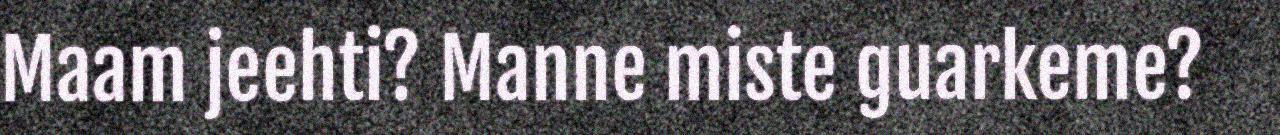
Maam jeehti? Manne miste guarkeme?